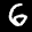
Label: 6